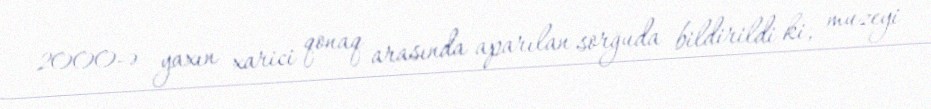
2000-ə yaxın xarici qonaq arasında aparılan sorğuda bildirildi ki, muzeyi